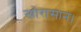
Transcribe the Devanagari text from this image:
खोरासान।